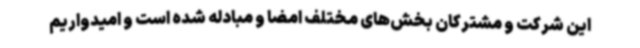
این شرکت و مشترکان بخش‌های مختلف امضا و مبادله شده است و امیدواریم